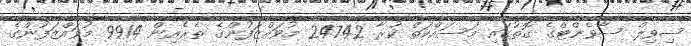
ސިވިލް ސާވެންޓްގެ ގޮތުގައި މަސައްކަތް ކުރާ 24742 މުވައްޒަފުންގެ ތެރެއިން 9914 މުވައްޒަފުންގެ